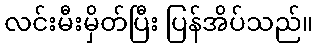
လင်းမီးမှိတ်ပြီး ပြန်အိပ်သည်။